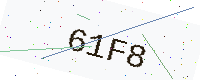
Text: 61F8